Indian journal of veterinary science and animal husbandry - Volume 13,
Year: 1943
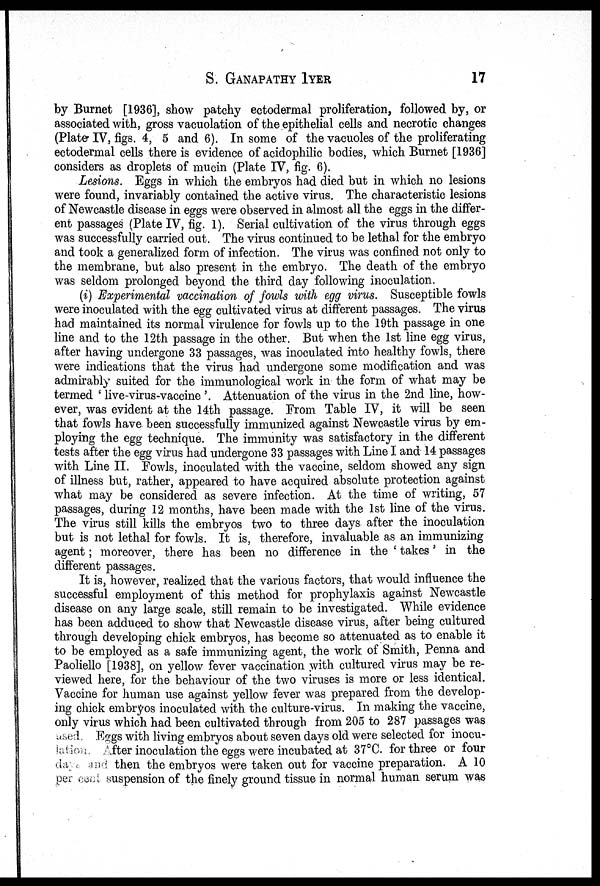
S.
GANAPATHY
IYER
17
by Burnet [1936], show patchy ectodermal proliferation, followed by, or
associated with, gross vacuolation of the epithelial cells and necrotic changes
(Plate IV, figs. 4, 5 and 6). In some of the vacuoles of the proliferating
ectodermal cells there is evidence of acidophilic bodies, which Burnet [1936]
considers as droplets of mucin (Plate IV, fig. 6).
Lesions. Eggs in which the embryos had died but in which no lesions
were found, invariably contained the active virus. The characteristic lesions
of Newcastle disease in eggs were observed in almost all the eggs in the differ-
ent passages (Plate IV, fig. 1). Serial cultivation of the virus through eggs
was successfully carried out. The virus continued to be lethal for the embryo
and took a generalized form of infection. The virus was confined not only to
the membrane, but also present in the embryo. The death of the embryo
was seldom prolonged beyond the third day following inoculation.
(i) Experimental vaccination of fowls with egg virus. Susceptible fowls
were inoculated with the egg cultivated virus at different passages. The virus
had maintained its normal virulence for fowls up to the 19th passage in one
line and to the 12th passage in the other. But when the 1st line egg virus,
after having undergone 33 passages, was inoculated into healthy fowls, there
were indications that the virus had undergone some modification and was
admirably suited for the immunological work in the form of what may be
termed ' live-virus-vaccine '. Attenuation of the virus in the 2nd line, how-
ever, was evident at the 14th passage. From Table IV, it will be seen
that fowls have been successfully immunized against Newcastle virus by em-
ploying the egg technique. The immunity was satisfactory in the different
tests after the egg virus had undergone 33 passages with Line I and 14 passages
with Line II. Fowls, inoculated with the vaccine, seldom showed any sign
of illness but, rather, appeared to have acquired absolute protection against
what may be considered as severe infection. At the time of writing, 57
passages, during 12 months, have been made with the 1st line of the virus.
The virus still kills the embryos two to three days after the inoculation
but is not lethal for fowls. It is, therefore, invaluable as an immunizing
agent; moreover, there has been no difference in the ' takes' in the
different passages.
It is, however, realized that the various factors, that would influence the
successful employment of this method for prophylaxis against Newcastle
disease on any large scale, still remain to be investigated. While evidence
has been adduced to show that Newcastle disease virus, after being cultured
through developing chick embryos, has become so attenuated as to enable it
to be employed as a safe immunizing agent, the work of Smith, Penna and
Paoliello [1938], on yellow fever vaccination with cultured virus may be re-
viewed here, for the behaviour of the two viruses is more or less identical.
Vaccine for human use against yellow fever was prepared from the develop-
ing chick embryos inoculated with the culture-virus. In making the vaccine,
only virus which had been cultivated through from 205 to 287 passages was
used. Eggs with living embryos about seven days old were selected for inocu¬
lation After inoculation the eggs were incubated at 37°C. for three or four
days and then the embryos were taken out for vaccine preparation. A 10
per cent suspension of the finely ground tissue in normal human serum was